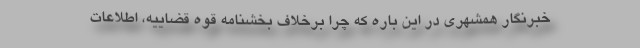
خبرنگار همشهری در این باره که چرا برخلاف بخشنامه قوه قضاییه، اطلاعات